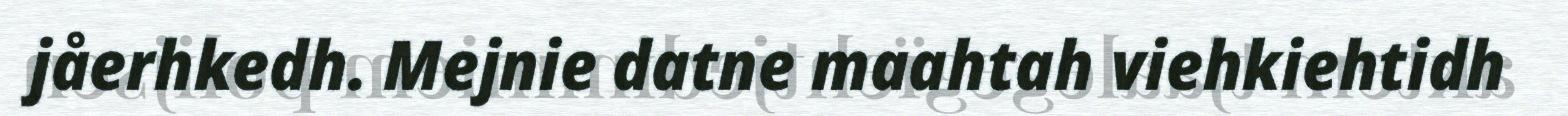
jåerhkedh. Mejnie datne maahtah viehkiehtidh